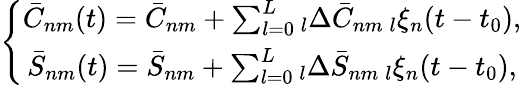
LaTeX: \left\{ \begin{array}{c}{\bar{C}_{nm}(t)=\bar{C}_{nm}+\sum_{l=0}^{L}\phantom{}_{l}\Delta\bar{C}_{nm}\, \phantom{}_{l}\xi_{n}(t-t_{0}),}\\ {\bar{S}_{nm}(t)=\bar{S}_{nm}+\sum_{l=0}^{L}\phantom{}_{l}\Delta\bar{S}_{nm}\, \phantom{}_{l}\xi_{n}(t-t_{0}),}\end{array}\right.